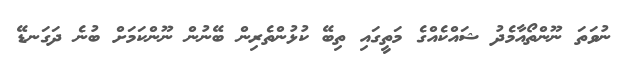
ނުވަތަ ނޫންތޯއާމެދު ޝައްކެއްގެ މަތީގައި ތިބޭ ކުޅުންތެރިން ބޭނުން ނޫންކަމަށް ބުނެ ދަގަނޑޭ